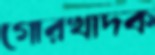
গোরখাদক